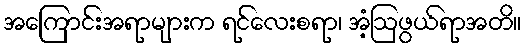
အကြောင်းအရာများက ရင်လေးစရာ၊ အံ့ဩဖွယ်ရာအတိ။